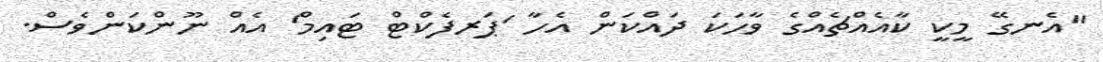
"އެނގޭ މީކީ ކާއެއްޗެއްގެ ވާހަކަ ދައްކަން އެހާ 'ޕަރފެކްޓް ޓައިމް' އެއް ނޫންކަންވެސް.